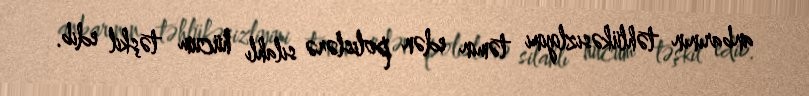
anbarının təhlükəsizliyini təmin edən polislərə silahlı hücum təşkil edib.